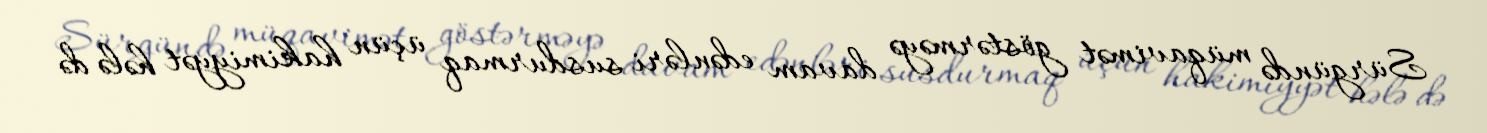
Sürgündə müqavimət göstərməyə davam edənləri susdurmaq üçün hakimiyyət hələ də